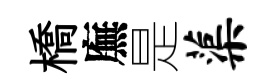
橋廡是蕖